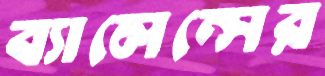
ব্যালেন্সের